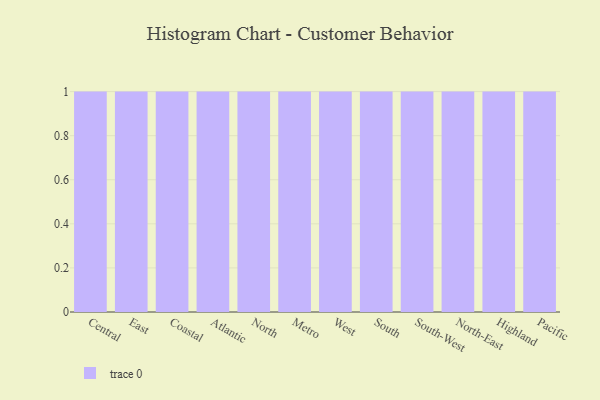
{"axis": {"x": "Region", "y": "Page Views"}, "legend": [""], "data": [{"x": "Central", "y": 43, "type": ""}, {"x": "East", "y": 89, "type": ""}, {"x": "Coastal", "y": 84, "type": ""}, {"x": "Atlantic", "y": 53, "type": ""}, {"x": "North", "y": 50, "type": ""}, {"x": "Metro", "y": 20, "type": ""}, {"x": "West", "y": 51, "type": ""}, {"x": "South", "y": 78, "type": ""}, {"x": "South-West", "y": 78, "type": ""}, {"x": "North-East", "y": 94, "type": ""}, {"x": "Highland", "y": 22, "type": ""}, {"x": "Pacific", "y": 31, "type": ""}]}